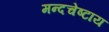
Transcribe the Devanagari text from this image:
मन्दचेष्टाय